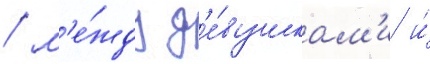
/ м'е́жду д'е́вушкам'и и́